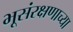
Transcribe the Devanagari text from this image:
भूसंरक्षणाच्या